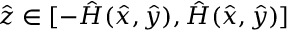
\hat { z } \in [ - \hat { H } ( \hat { x } , \hat { y } ) , \hat { H } ( \hat { x } , \hat { y } ) ]